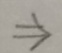
\Rightarrow